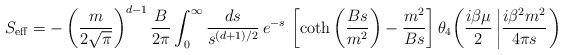
\begin{align*}S_{\rm eff} = - \left({m\over 2\sqrt{\pi}}\right)^{d-1} {B\over 2\pi} \int_0^\infty {ds\over s^{(d+1)/2}}\, e^{-s}\, \left[\coth\left({Bs\over m^2}\right)-{m^2\over Bs} \right] \theta_4{\left({i\beta\mu\over 2}\left| {i\beta^2m^2\over 4\pi s} \right. \right)}\end{align*}